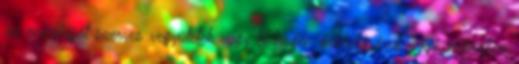
az energiáját szerves vegyületek vagy hidrogén oxidálásával nyeri, miközben